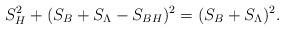
\begin{align*}S^2_H+(S_B+S_{\Lambda}-S_{BH})^2=(S_B+S_{\Lambda})^2.\end{align*}